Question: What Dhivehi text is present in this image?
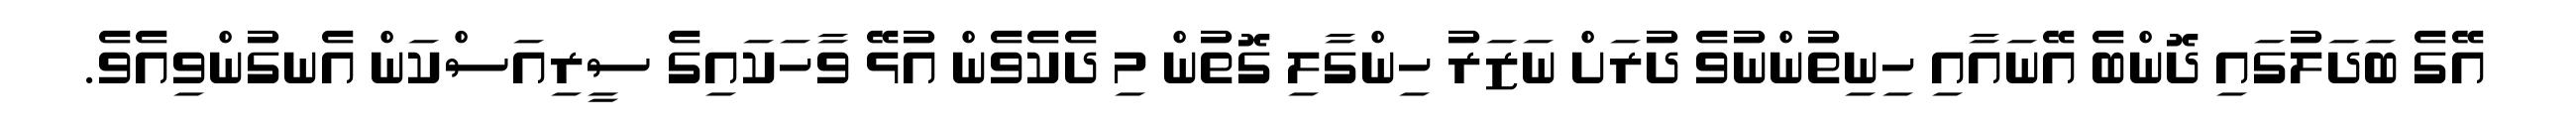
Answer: އޭގެ ބަދަލުގައި ދޮންބެ އޭނައާއި ހިނިތުންނުވެ ދުރަށް ނަޒަރު ހިންގާލި ގޮތުން މި ދެކެވެން އުޅޭ ވާހަކައިގެ ސީރިއަސްކަން އެނގުންވިއެވެ.